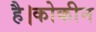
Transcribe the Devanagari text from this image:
है।कोकीन